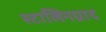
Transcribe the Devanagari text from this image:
स्टालिनग्राद